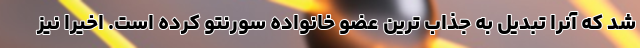
شد که آنرا تبدیل به جذاب ترین عضو خانواده سورنتو کرده است. اخیرا نیز